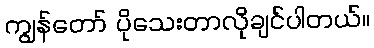
ကျွန်တော် ပိုသေးတာလိုချင်ပါတယ်။